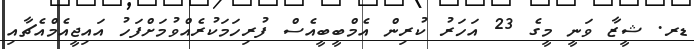
ޑރ. ޝީޒާ ވަނީ މީގެ 23 އަހަރު ކުރިން އެމްބީބީއެސް ފުރިހަމަކުރެއްވުމަށްފަހު އައިޖީއެމްއެޗާއި